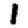
Digit: 1